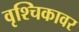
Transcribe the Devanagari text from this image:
वृश्चिकावर